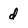
Character: d